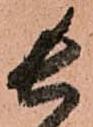
長